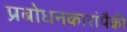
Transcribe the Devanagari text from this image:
प्रबोधनकारांपैकी